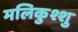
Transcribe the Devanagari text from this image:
मलिकुश्शु